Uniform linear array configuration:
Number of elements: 12
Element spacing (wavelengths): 0.5
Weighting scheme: binomial
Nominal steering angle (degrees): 30
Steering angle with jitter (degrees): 31.931
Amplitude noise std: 0.05
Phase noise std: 0.05

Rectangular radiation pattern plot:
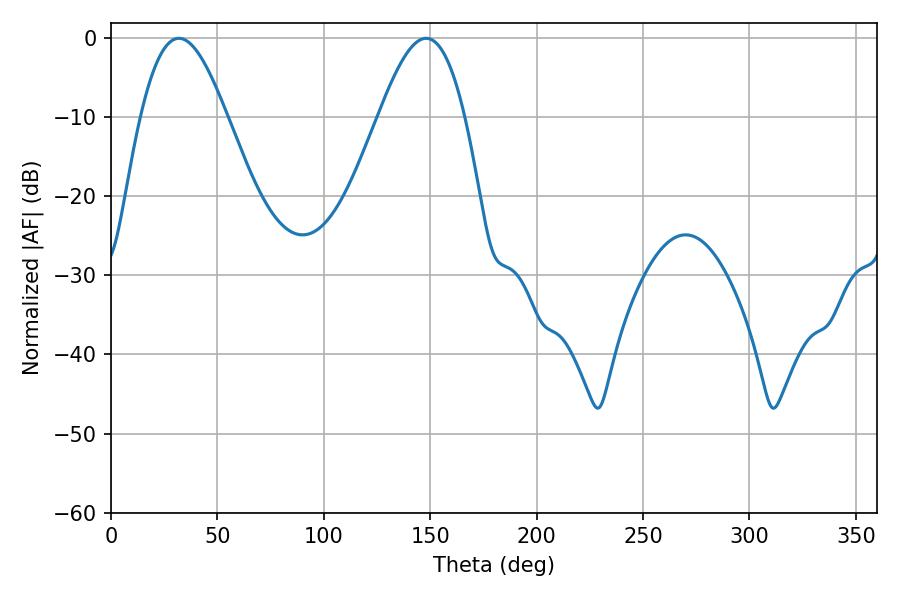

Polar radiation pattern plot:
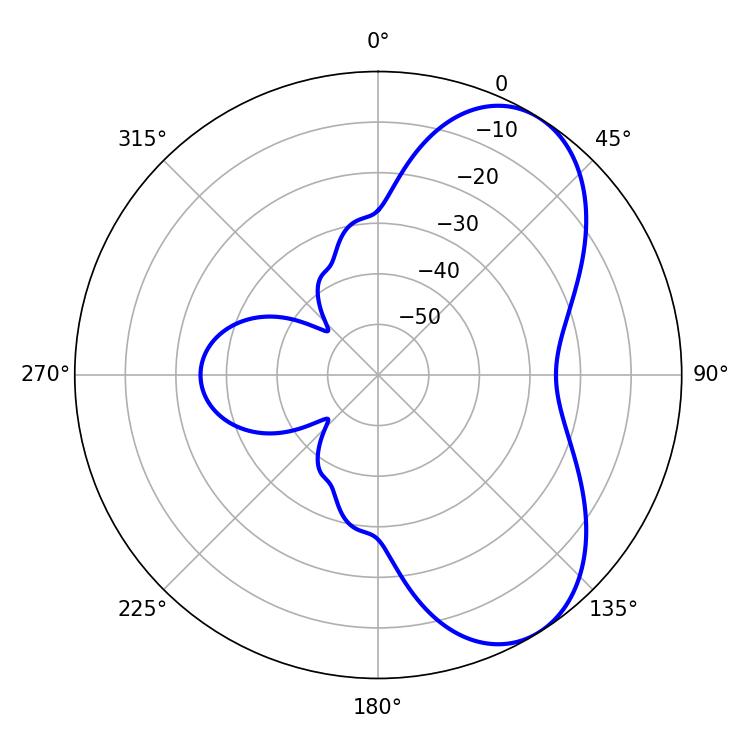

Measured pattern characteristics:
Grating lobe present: FALSE
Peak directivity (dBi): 6.431
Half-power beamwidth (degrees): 21.78
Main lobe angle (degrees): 31.86